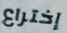
إختراع